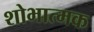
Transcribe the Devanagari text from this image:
शोभात्मक